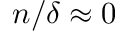
n / \delta \approx 0